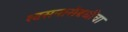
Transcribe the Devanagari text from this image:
श्वसनासंबधीचा